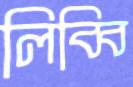
লিব্বি